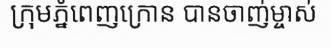
ក្រុមភ្នំពេញក្រោន បានចាញ់ម្ចាស់